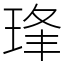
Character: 琒